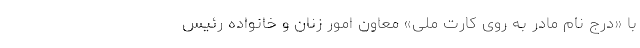
با «درج نام مادر به روی کارت ملی» معاون امور زنان و خانواده رئیس